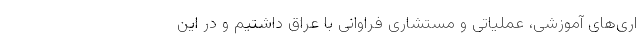
اری‌های آموزشی، عملیاتی و مستشاری فراوانی با عراق داشتیم و در این